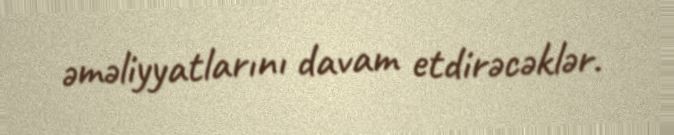
əməliyyatlarını davam etdirəcəklər.